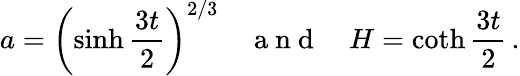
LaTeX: a=\left(\sinh\frac{3t}{2}\right)^{2/3}\quad\mathrm{~a~n~d~}\quad H=\coth\frac{3t}{2}\, .